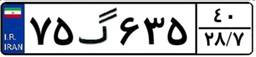
۷۵گ۶۳۵۴۰